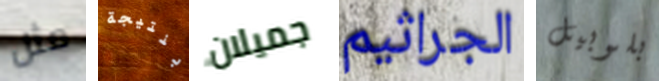
مثل بنتيجة جميلان الجراثيم بلوبيل